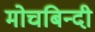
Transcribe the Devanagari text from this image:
मोचबिन्दी